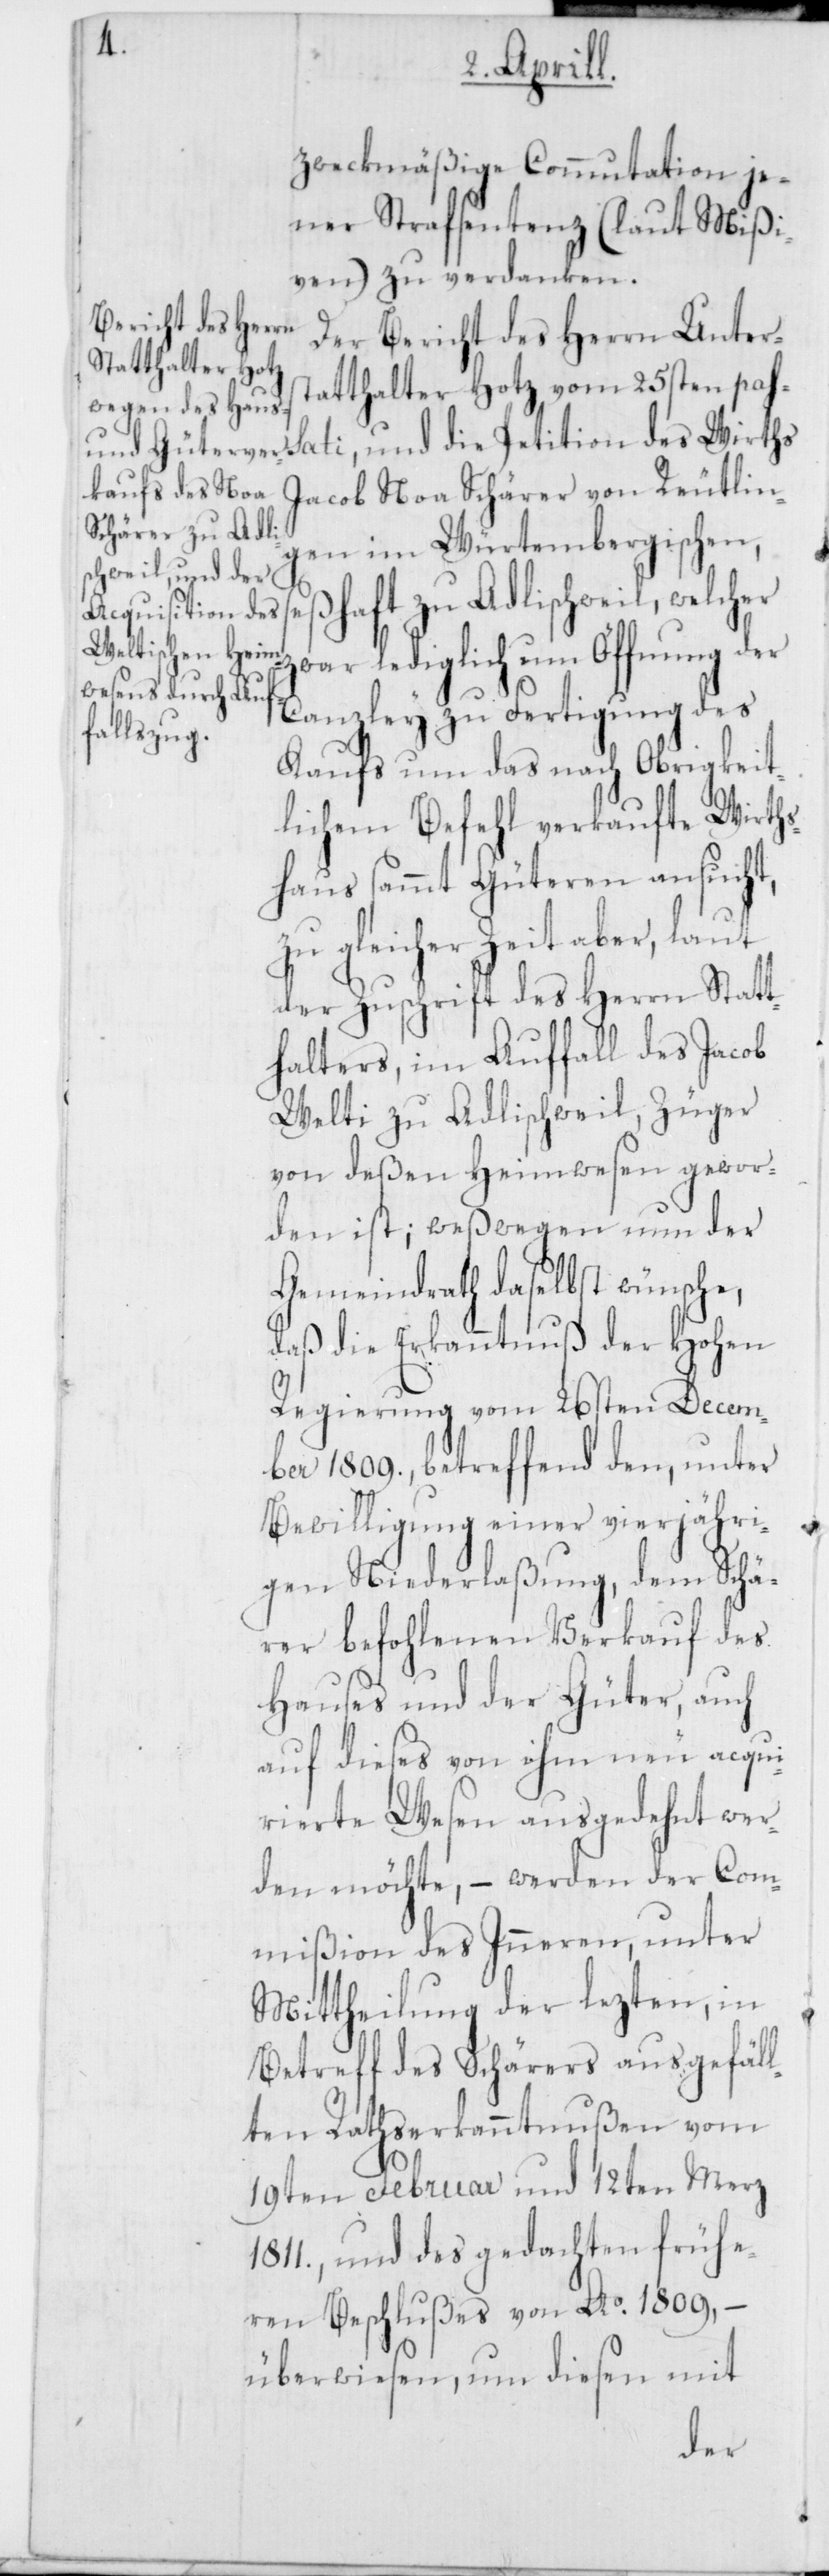
z¬
zweckmäßige Commutation je¬
ner Strafsentenz (laut Mißi¬
ven) zu verdanken.
Der Bericht des Herrn Unter¬
statthalter Hotz vom 25sten pas¬
Jacob Noa Schärer von Reutlin¬
gen im Würtembergischen,
ßhaft zu Adlischweil, welcher
Petition des
war lediglich um Öffnung der
Canzley zu Fertigung des
sati, und
Kaufs um das nach Obrigkeit¬
lichem Befehl verkaufte Wirths¬
haus sammt Güteren ansucht,
zu gleicher Zeit aber, laut
der Zuschrift des Herrn Statt¬
halters, im Auffall des Jacob
Welti zu Adlischweil, Züger
von deßen Heimwesen gewor¬
den ist; weßwegen nun der
Gemeindrath daselbst wünsche,
daß die Erkanntnuß der Hohen
Regierung vom 26sten Decem¬
ber 1809. betreffend den, unter
Bewilligung einer vierjähri¬
gen Niederlaßung, dem Schä¬
rer befohlenen Verkauf des
Hauses und der Güter, auch
auf dieses von ihm neu acqui¬
rierte Wesen ausgedehnt wer¬
den möchte, – werden der Com¬
mißion des Inneren, unter
Mittheilung der lezten, in
Betreff des Schärers ausgefäl¬
lten Rathserkanntnußen vom
19ten Februar und 12ten Merz
1811., und des gedachten frühe¬
ren Beschlußes von Ao 1809, –
überwiesen, und diesen mit